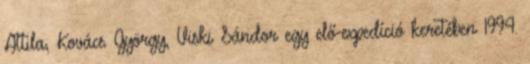
Attila, Kovács György, Viski Sándor egy elő-expedíció keretében 1994.